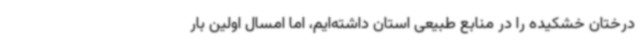
درختان خشکیده را در منابع طبیعی استان داشته‌ایم، اما امسال اولین بار